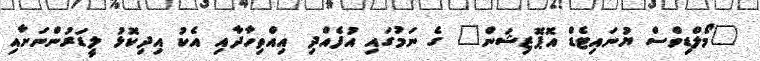
"މޯލްޑިވްސް ޔުނައިޓެޑް އޮޕޮޒިޝަން" ގެ ނަމުގައި އުފެއްދި އިއްތިހާދާއި އެކު އިދިކޮޅު ލީޑަރުންނަށާއި